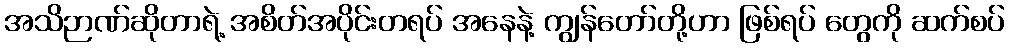
အသိဉာဏ်ဆိုတာရဲ့ အစိတ်အပိုင်းတရပ် အနေနဲ့ ကျွန်တော်တို့ဟာ ဖြစ်ရပ် တွေကို ဆက်စပ်